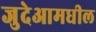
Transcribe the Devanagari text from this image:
जुदेआमधील